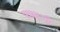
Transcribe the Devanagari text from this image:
पत्ररूपी